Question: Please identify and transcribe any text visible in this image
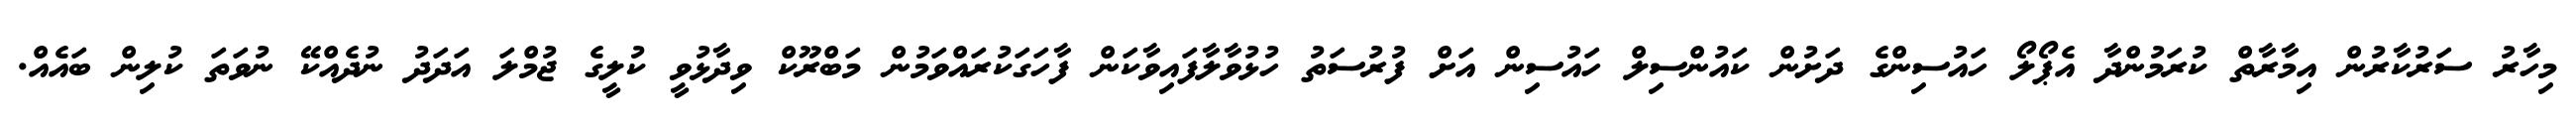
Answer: މިހާރު ސަރުކާރުން އިމާރާތް ކުރަމުންދާ އެޕޯލޯ ހައުސިންގެ ދަށުން ކައުންސިލް ހައުސިން އަށް ފުރުސަތު ހުޅުވާލާފައިވާކަން ފާހަގަކުރައްވަމުން މަބްރޫކް ވިދާޅުވީ ކުލީގެ ޖުމްލަ އަދަދު ނުދެއްކޭ ނުވަތަ ކުލިން ބައެއް.